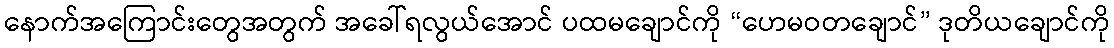
နောက်အကြောင်းတွေအတွက် အခေါ်ရလွယ်အောင် ပထမချောင်ကို “ဟေမဝတချောင်” ဒုတိယချောင်ကို